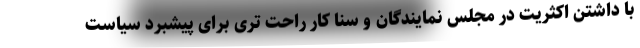
با داشتن اکثریت در مجلس نمایندگان و سنا کار راحت تری برای پیشبرد سیاست